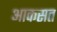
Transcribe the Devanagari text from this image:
आकसत